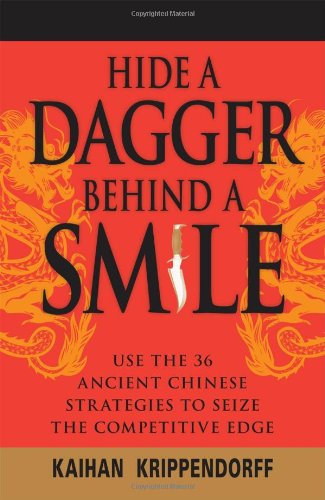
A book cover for Hide a Dagger Behind a Smile: Use the 36 Ancient Chinese Strategies to Seize the Competitive Edge; Kaihan Krippendorf; Business & Money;